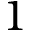
1